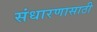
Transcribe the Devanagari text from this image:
संधारणासाठी